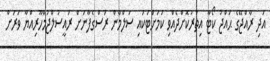
އަދި ރާއްޖޭގެ ޙައްޖު ކޯޓާ އިތުރުކޮށްދެއްވި ކަމަށްޓަކައި ސަލްމާން ރަސްގެފާނަށް ރައީސުލްޖުމްހޫރިއްޔާ ވަރަށް